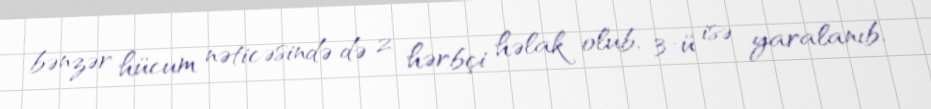
bənzər hücum nəticəsində də 2 hərbçi həlak olub, 3-ü isə yaralanıb.